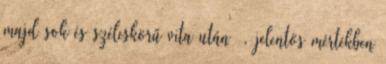
majd sok és széleskörű vita után –, jelentős mértékben